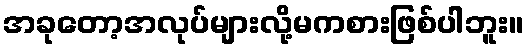
အခုတော့အလုပ်များလို့မကစားဖြစ်ပါဘူး။